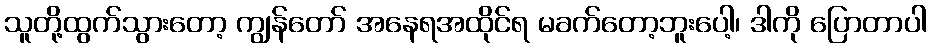
သူတို့ထွက်သွားတော့ ကျွန်တော် အနေရအထိုင်ရ မခက်တော့ဘူးပေါ့၊ ဒါကို ပြောတာပါ